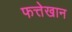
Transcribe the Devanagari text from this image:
फत्तेखान